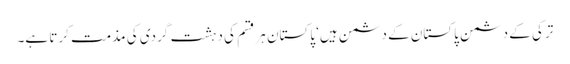
ترکی کے دشمن پاکستان کے دشمن ہیں‘ پاکستان ہر قسم کی دہشت گردی کی مذمت کرتا ہے۔